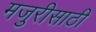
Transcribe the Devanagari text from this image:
मजुरीसाठी